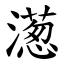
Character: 濍